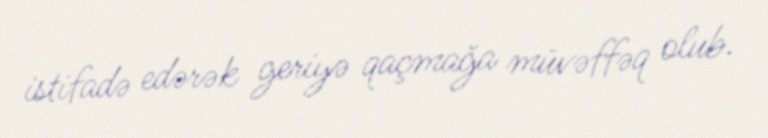
istifadə edərək geriyə qaçmağa müvəffəq olub.